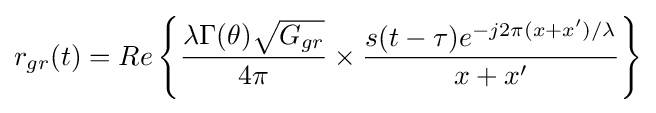
r_{gr}(t)=Re\left\{{\frac {\lambda \Gamma (\theta ){\sqrt {G_{gr}}}}{4\pi }}\times {\frac {s(t-\tau )e^{-j2\pi (x+x')/\lambda }}{x+x'}}\right\}